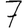
Digit: 7